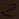
Text: 2